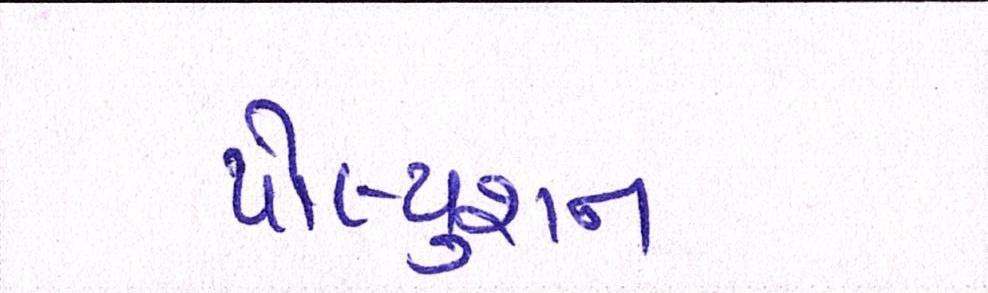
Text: પોલ્યુશન